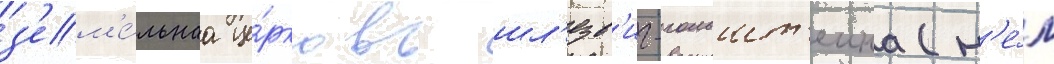
з'ем'е́льнаа це́рковь шл'езв'иг-гольшт'еина (н'е́м